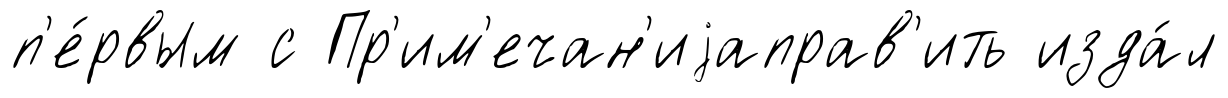
п'е́рвым с Пр'им'ечан'иjаправ'ить изда́л